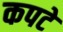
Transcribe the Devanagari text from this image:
कपटे